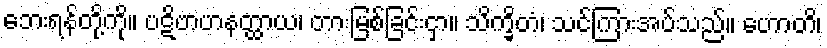
ဘေးရန်တို့ကို။ ပဋိဗာဟနတ္ထာယ၊ တားမြစ်ခြင်းငှာ။ သိက္ခိတံ၊ သင်ကြားအပ်သည်။ ဟောတိ၊